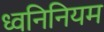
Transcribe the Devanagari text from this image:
ध्वनिनियम